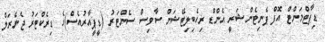
ޑިޕާޓްމަންޓް އޮފް ޕެނިޓެންޝަރީ އެންޑް ރިހެބިލިޓޭޝަން ސާވިސް ސެންޓަރު (ޑީޕީއާރުއެސް)ގެ ޑިރެކްޓަރު ޖެނެރަލް